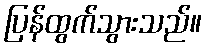
ပြန်ထွက်သွားသည်။